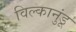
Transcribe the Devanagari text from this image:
विल्कानुंडू